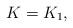
LaTeX: \begin{align*} K=K_1,\end{align*}